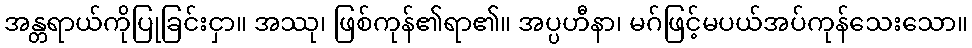
အန္တရာယ်ကိုပြုခြင်းငှာ။ အဿု၊ ဖြစ်ကုန်၏ရာ၏။ အပ္ပဟီနာ၊ မဂ်ဖြင့်မပယ်အပ်ကုန်သေးသော။